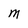
Character: M